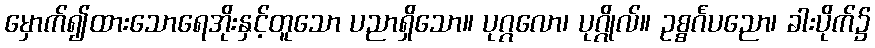
မှောက်၍ထားသောရေအိုးနှင့်တူသော ပညာရှိသော။ ပုဂ္ဂလော၊ ပုဂ္ဂိုလ်။ ဥစ္စင်္ဂပညော၊ ခါးပိုက်၌